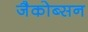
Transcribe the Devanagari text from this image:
जैकोब्सन